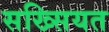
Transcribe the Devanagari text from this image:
सख्सियत